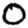
Digit: 0